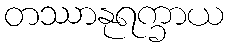
တဿာနုရက္ခာယ